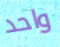
واحد